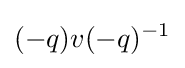
(-q)v(-q)^{-1}